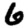
Digit: 6